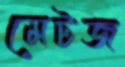
মেটজ